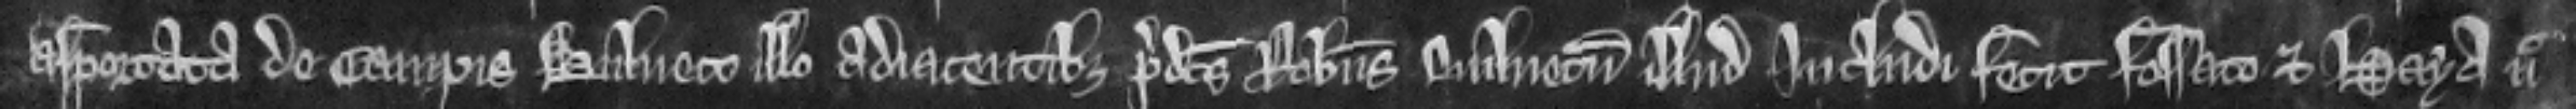
asportata de campis bulneto illo adjacentibus predictus Robertus bulnetum illud includi fecit fossato et haya nec